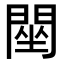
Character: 䦟